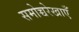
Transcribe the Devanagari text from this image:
समोच्चरेखाएँ